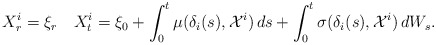
\begin{align*}X_{r}^i=\xi_r\quad{X}^{i}_t= \xi_0+ \int_{0}^{t}\mu({\delta}_i(s),\mathcal{X}^{i})\,ds+ \int_{0}^{t}\sigma({\delta}_i(s),\mathcal{X}^{i})\,dW_s.\end{align*}